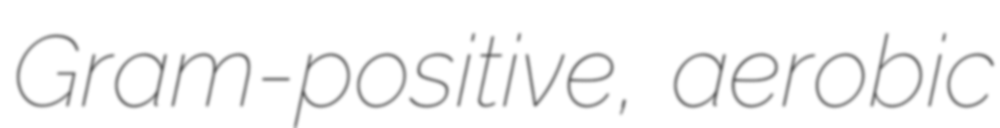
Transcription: Gram-positive, aerobic